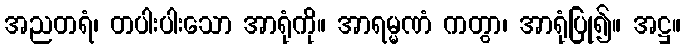
အညတရံ၊ တပါးပါးသော အာရုံကို။ အာရမ္မဏံ ကတွာ၊ အာရုံပြု၍။ အဋ္ဌ။